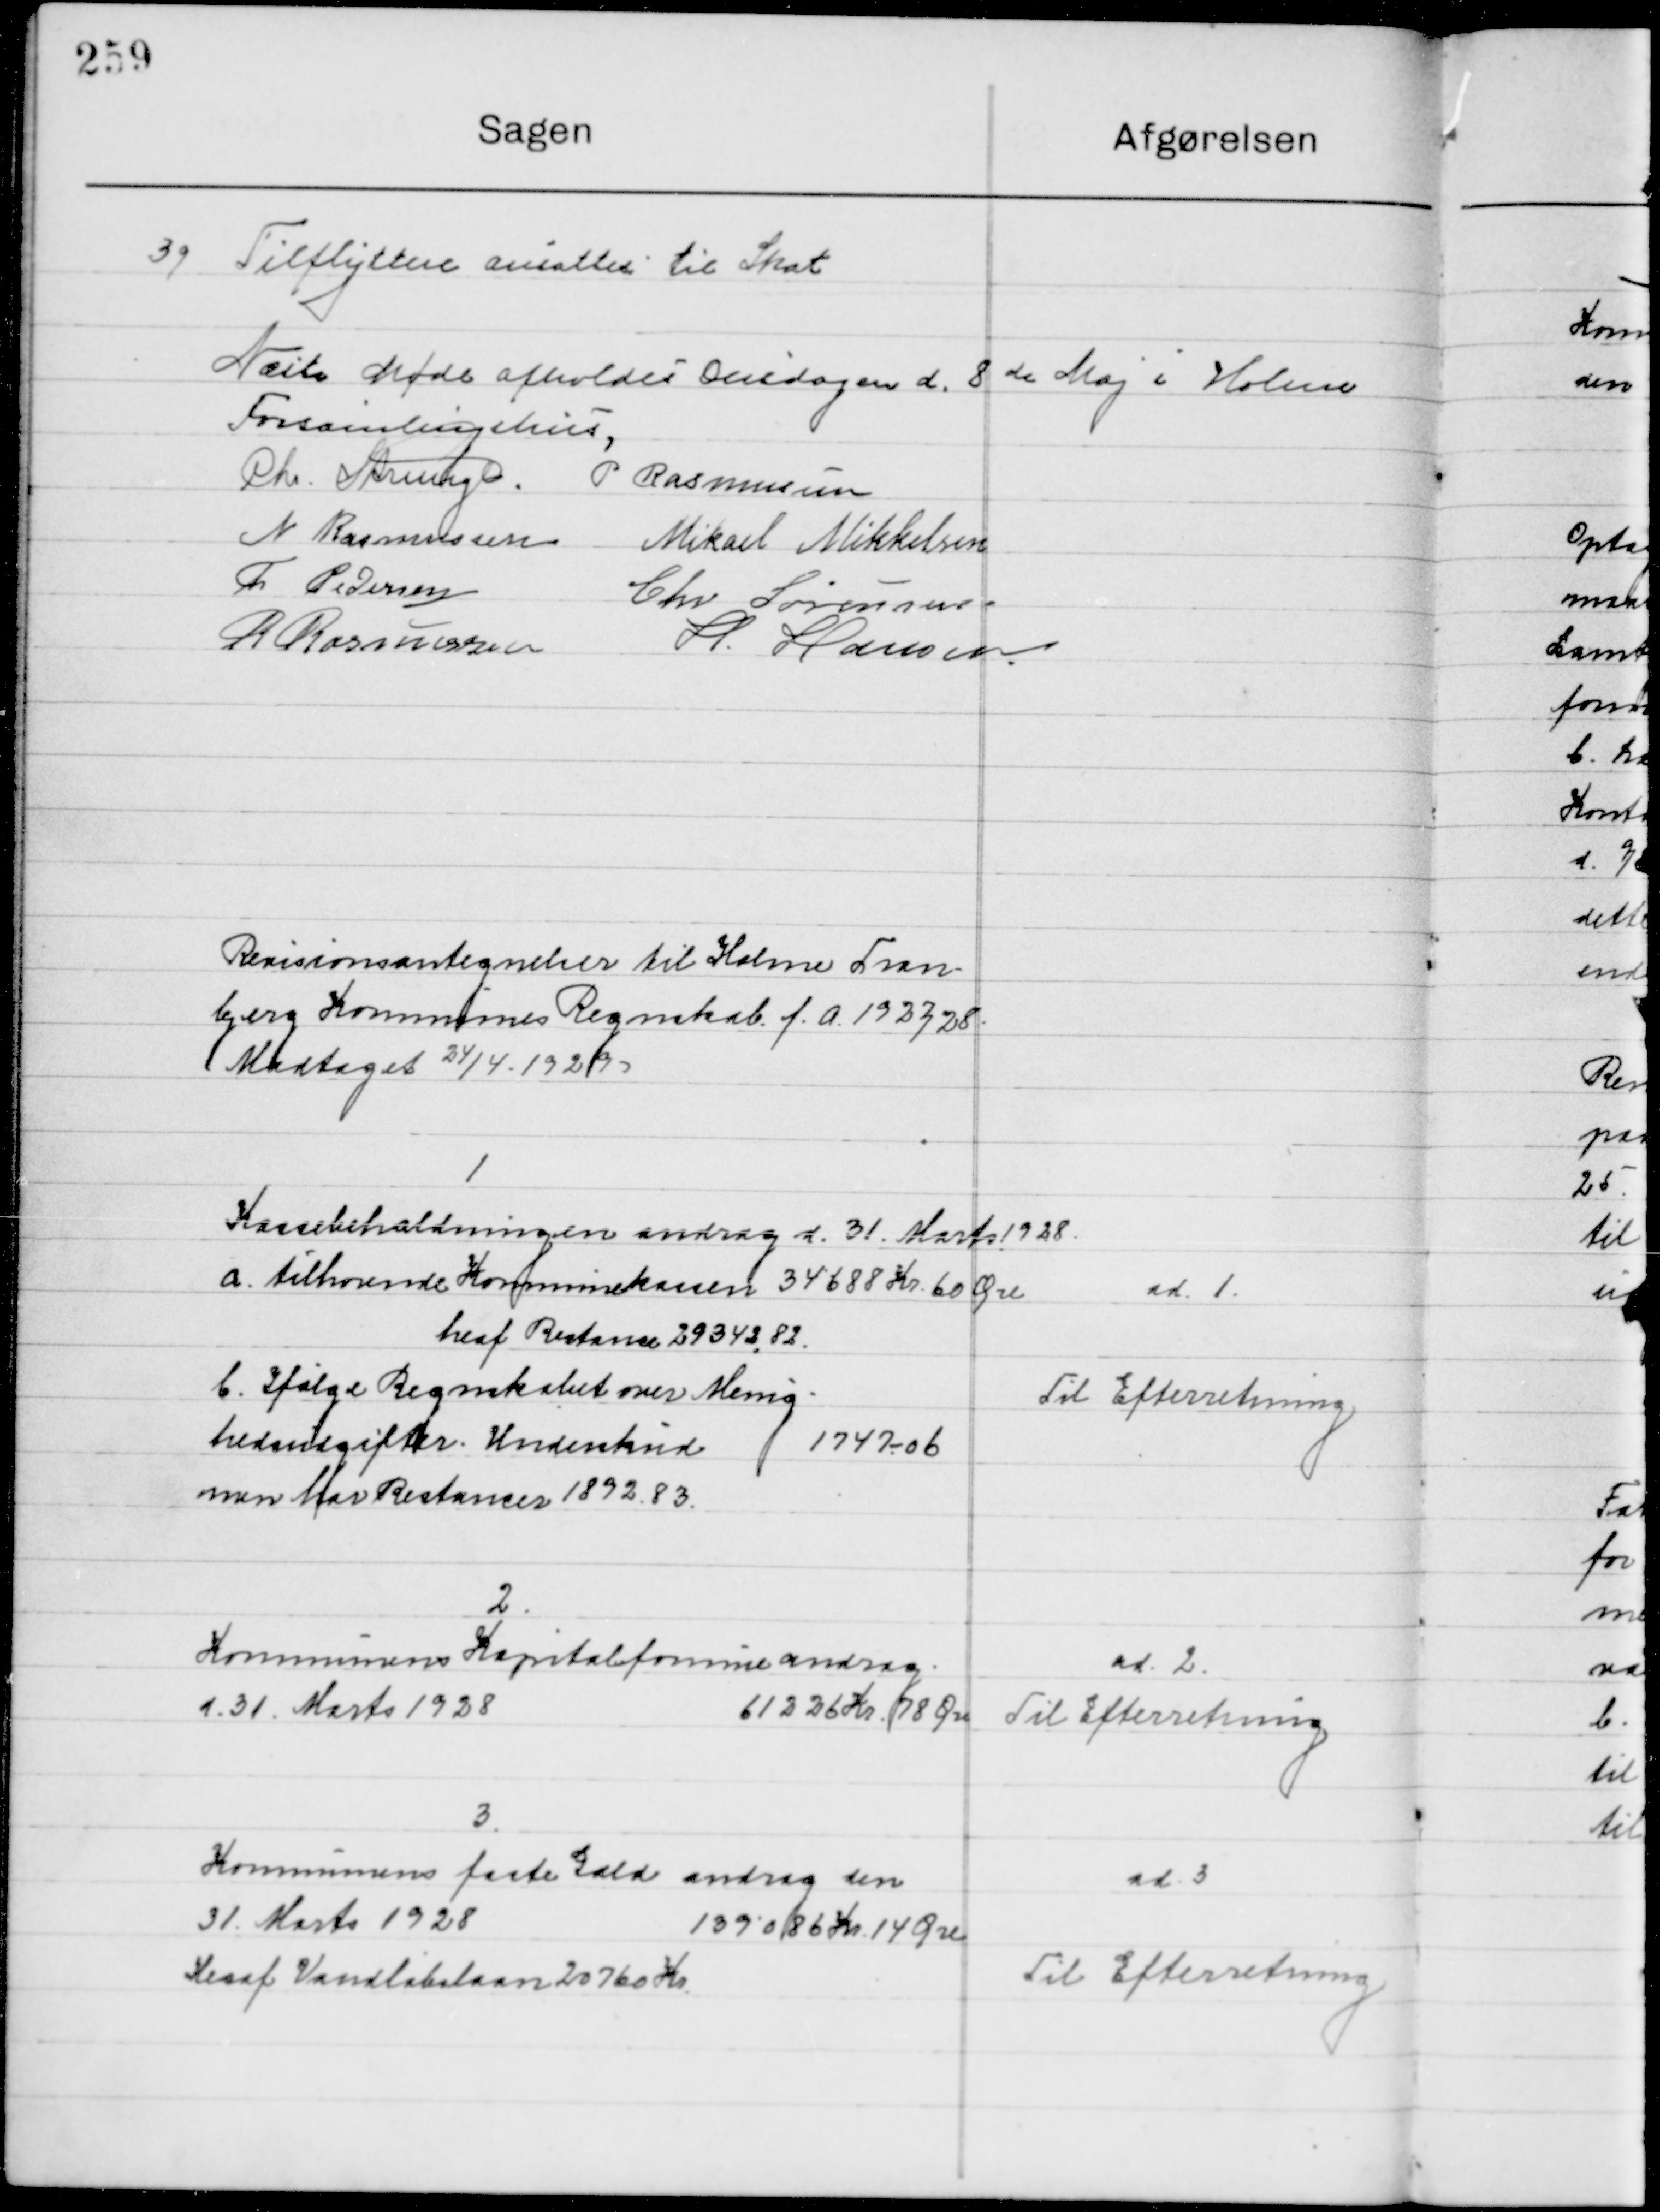
Transskription:
39

Tilflytterne ansattes i Skat

Næste Møde afholdes Onsdagen d. 8de Maj i Holme 
Forsamlingshus

Chr. Strunge
P. Rasmussen
N. Rasmussen
Mikael Mikkelsen
Th. Pedersen
Chr. Sørensen
R. Rasmussen
H. Hansen

Revisionsantegnelser til Holme Tran-
Bjerg Kommunes Regnskab f. a. 1927/28
Modtaget 24/4-1929.

1.

Kassebeholdningen andrager d. 31 Marts 1928
a. Tilhørende Kommunekassen	34688 Kr. 60 Øre
Heraf Restance 								29342, 82
b. Ifølge Regnskabet over Menig-
hedsudgifter Underskud                   1747,06
men har restancer 							1892, 83

ad. 1.
Til Efterretning

2.

Kommunens Hospitalsformue androg
31. Marts 1928                         61226 Kr. 78 Øre

ad. 2.
Til Efterretning

3.

Kommunens faste Gæld androg den
31. Marts 1928                                   139086 Kr. 14 Øre
Heraf Vandløbslaan 								20760 Kr.

ad. 3.
Til Efterretning